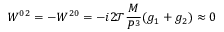
W ^ { 0 2 } = - W ^ { 2 0 } = - i { 2 \mathcal T } { \frac { M } { P ^ { 3 } } } ( g _ { 1 } + g _ { 2 } ) \approx 0